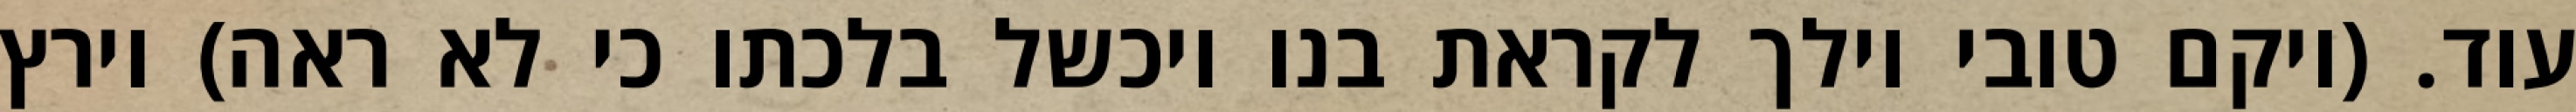
עוד. (ויקם טובי וילך לקראת בנו ויכשל בלכתו כי לא ראה) וירץ